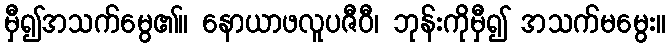
မှီ၍အသက်မွေ၏။ နောယာဖလူပဇီဝီ၊ ဘုန်းကိုမှီ၍ အသက်မမွေး။